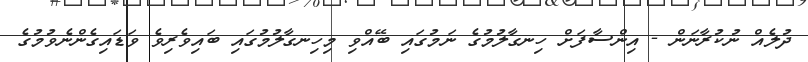
ދުލެއް ނުކުރާނަން - އިންސާފަށް ހިނގާލުމުގެ ނަމުގައި ބޭއްވި މިހިނގާލުމުގައި ބައިވެރިވެ ވަޑައިގެންނެވުމުގެ